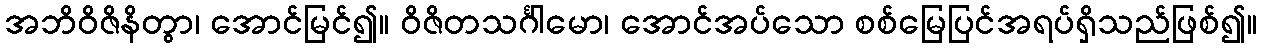
အဘိဝိဇိနိတွာ၊ အောင်မြင်၍။ ဝိဇိတသင်္ဂါမော၊ အောင်အပ်သော စစ်မြေပြင်အရပ်ရှိသည်ဖြစ်၍။